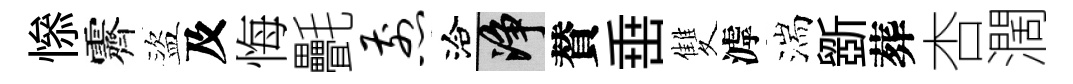
𢡖霽盜及悔㲲煎洽净賛𡸁雙滹湍斵葬杏濶